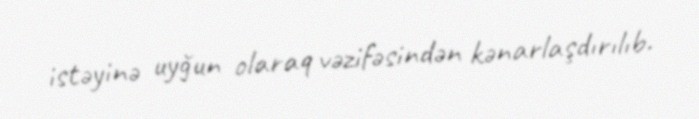
istəyinə uyğun olaraq vəzifəsindən kənarlaşdırılıb.